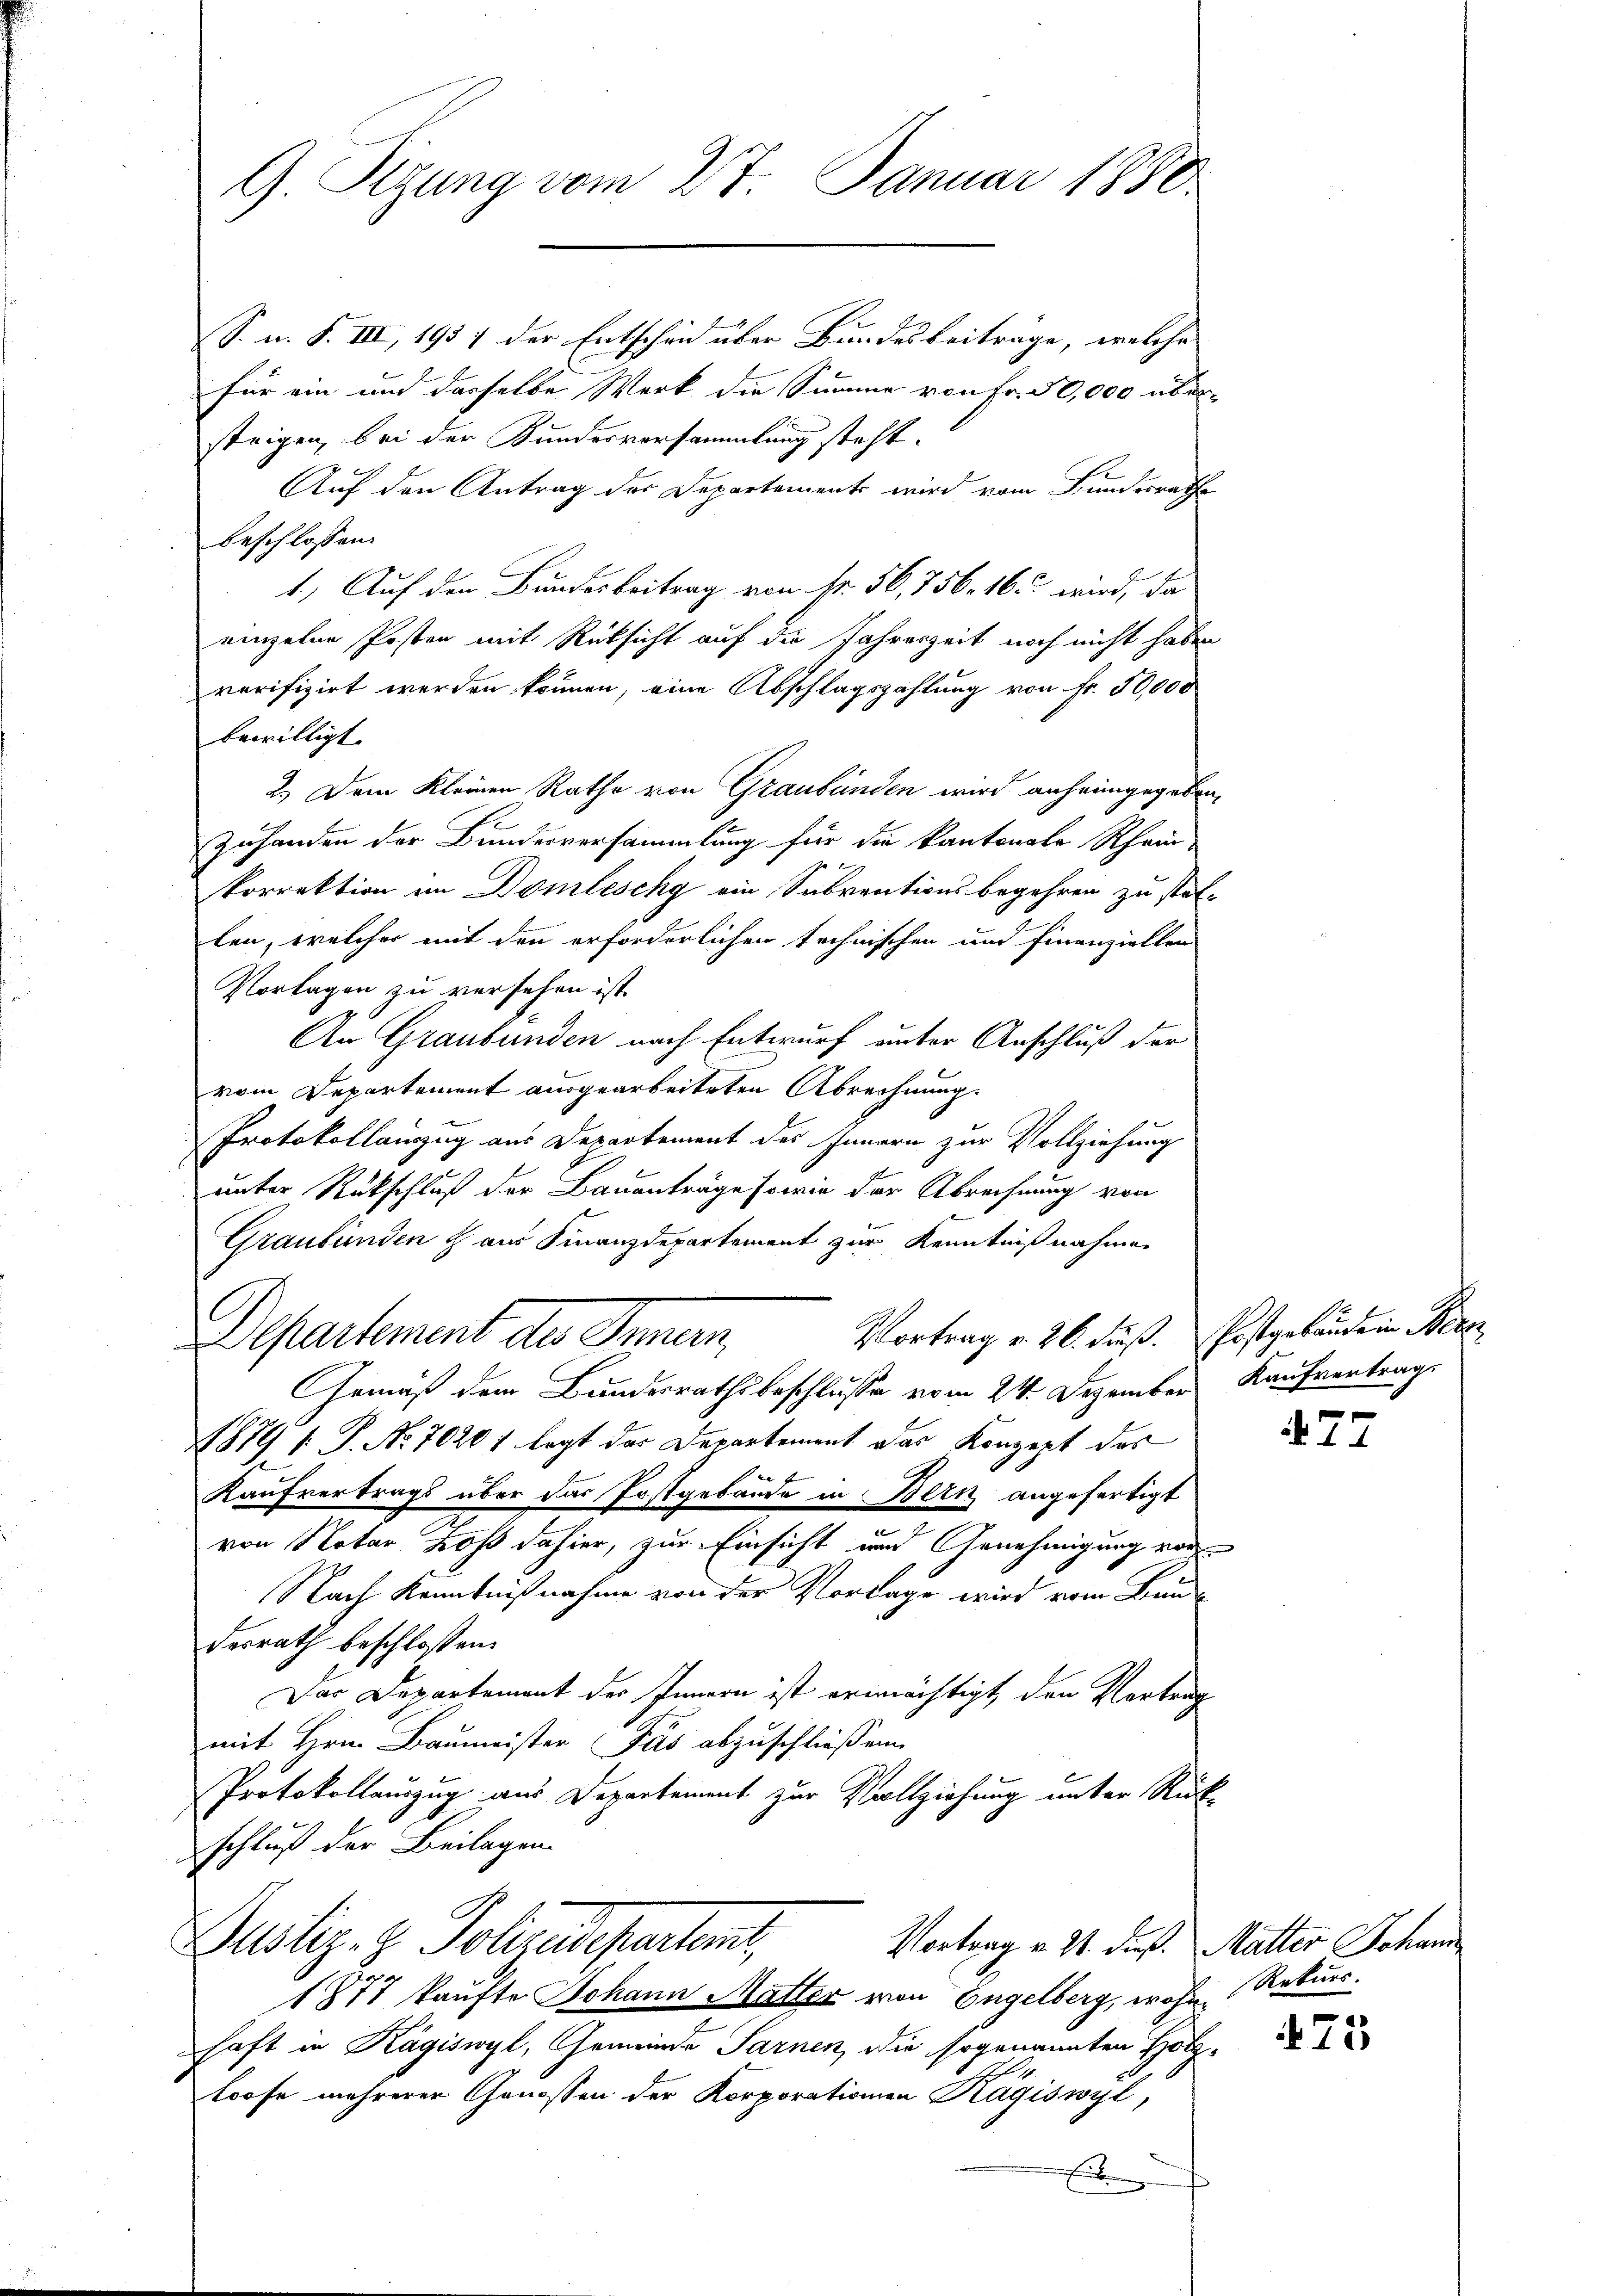
9 Sizung vom 27. Januar 1880

S. u. S. III, 1957 der Entscheid über Bundesbeiträge, welche
für ein und dasselbe Werk die Summe von Fr. 50,000 übersteigen, bei der Kundesversammlung steht.
Auf den Antrag der Departements wird vom Bundesrathe
beschlossen:
1.) Auf den Bundesbeitrag von Nr. 56, 756. 16. wird, da
einzelne Posten mit Rücksicht auf die Jahreszeit noch nicht habe
verifizirt werden können, eine Abschlagszahlung von Fr. 50,000
bewilligt.
2.) Dem Kleinen Rathe von Graubünden wird anheimgegeben
Zuhanden der Bundesversammlung für die kantonale Rhein-
korrektion im Domleschy ein Subventionsbegehren zu statten, welcher mit den erforderlichen technischen und Finanziellen
Vorlagen zu versehen ist.
An Graubünden nach Entwurf unter Anschluß der
vom Departement ausgearbeiteten Abrechnung.
Protokollauszug aus Departement des Innern zur Vollziehung
unter Rückschluß der Bauanträge sowie der Abrechnung von
Graubünden & aus Finanzdepartement zur Kenntnißnahmen
Vortrag v. 26. Fuß. Postgebäude in Bez
Departement des Innern,
Gemäß dem Bundesrathsbeschlusse vom 24. Dezember
1879 f. P. No. 70207 legt der Departement das Konzept des
f x
Kaufvertrags über das Postgebäude in Bern angefertigt
von Notar Los dahier, zur Einsicht und Genehmigung vor
Nach Kenntnißnahme von der Vorlage wird vom Bundesrath beschlossen:
Der Departement des Innern ist ermächtigt, den Vortrag
mit Hrn. Baumeister Fues abzuschließen
Protokollauszug aus Departement zur Vollziehung unter Rüc
schluß der Beilagen.
Justiz- & Polizeidepartent,
Vortrag v. 21. Fuß. Matter Johann
1877 kaufte Johann Matter von Engelberg, wohne Rekurs.
haft in Kägiswyl, Gemeinde Sarnen, die sogenannten Holzloose mehrerer Genossen der Korporationen Kägiswyl,

Kaufvertrags

u
e

77

75